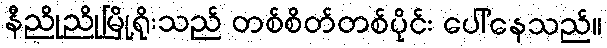
နီညိုညိုမြို့ရိုးသည် တစ်စိတ်တစ်ပိုင်း ပေါ်နေသည်။